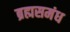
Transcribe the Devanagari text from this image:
ब्रह्मसमंध